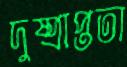
দুষ্প্রাপ্ততা